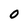
Character: 0